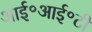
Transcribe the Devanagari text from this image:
आई॰आई॰टी